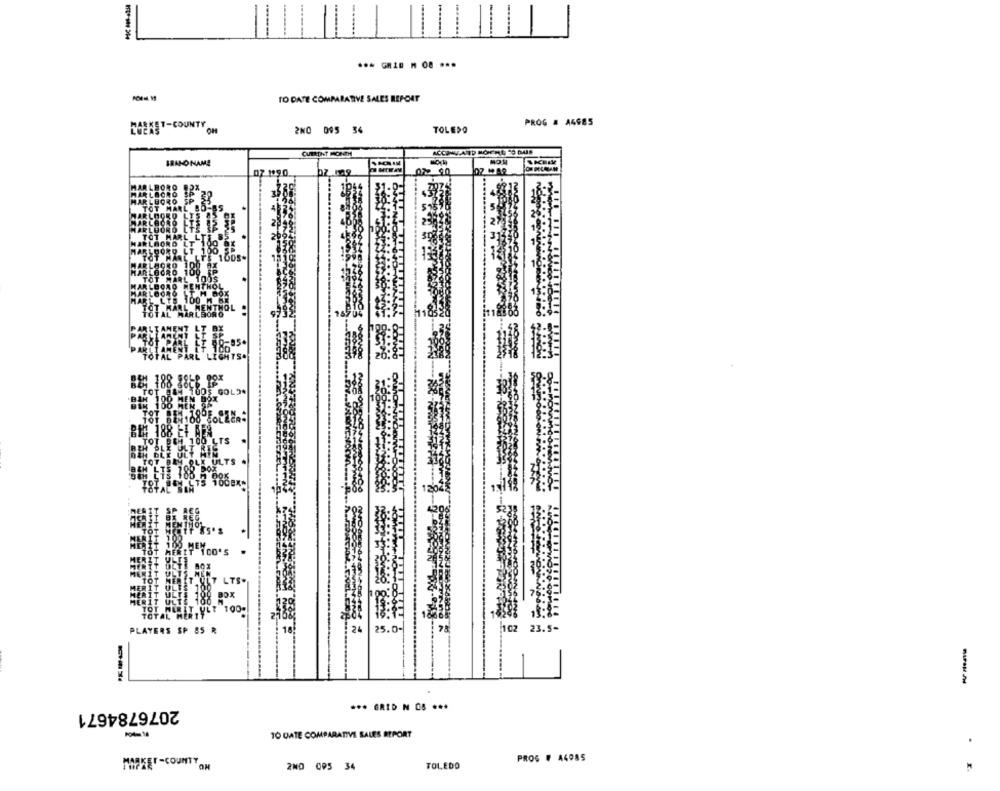
FC* *** 204
TO DATE COMPARATIVE SALES REPORT
BOEKET-COUNTY
PROG # 44985
l'on
2NO 095 34
TOLEDO
CURRENT HORSD
BRAND NAME
07 1990
02 90
TOT #84 1OOS GOL"*
UE# 188 HAN BOX
BLE 188 ET BE
TOT. BEI 100 LTS
TOT BAM OLX ULTS .
HULTS
TOTAL BAR'
MEM
100'S
ULT LTS.
BOX
102
PLAYERS SP SS R
25.0-
23.5-
--
2076784671
*** GRID N OS ***
10 DATE COMPARATIVE SALES REPORT
.
PROG # 44985
MARKET -COUNTY
ON
2ND 095 34
TOLEDO